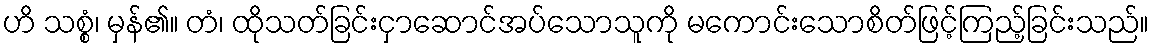
ဟိ သစ္စံ၊ မှန်၏။ တံ၊ ထိုသတ်ခြင်းငှာဆောင်အပ်သောသူကို မကောင်းသောစိတ်ဖြင့်ကြည့်ခြင်းသည်။